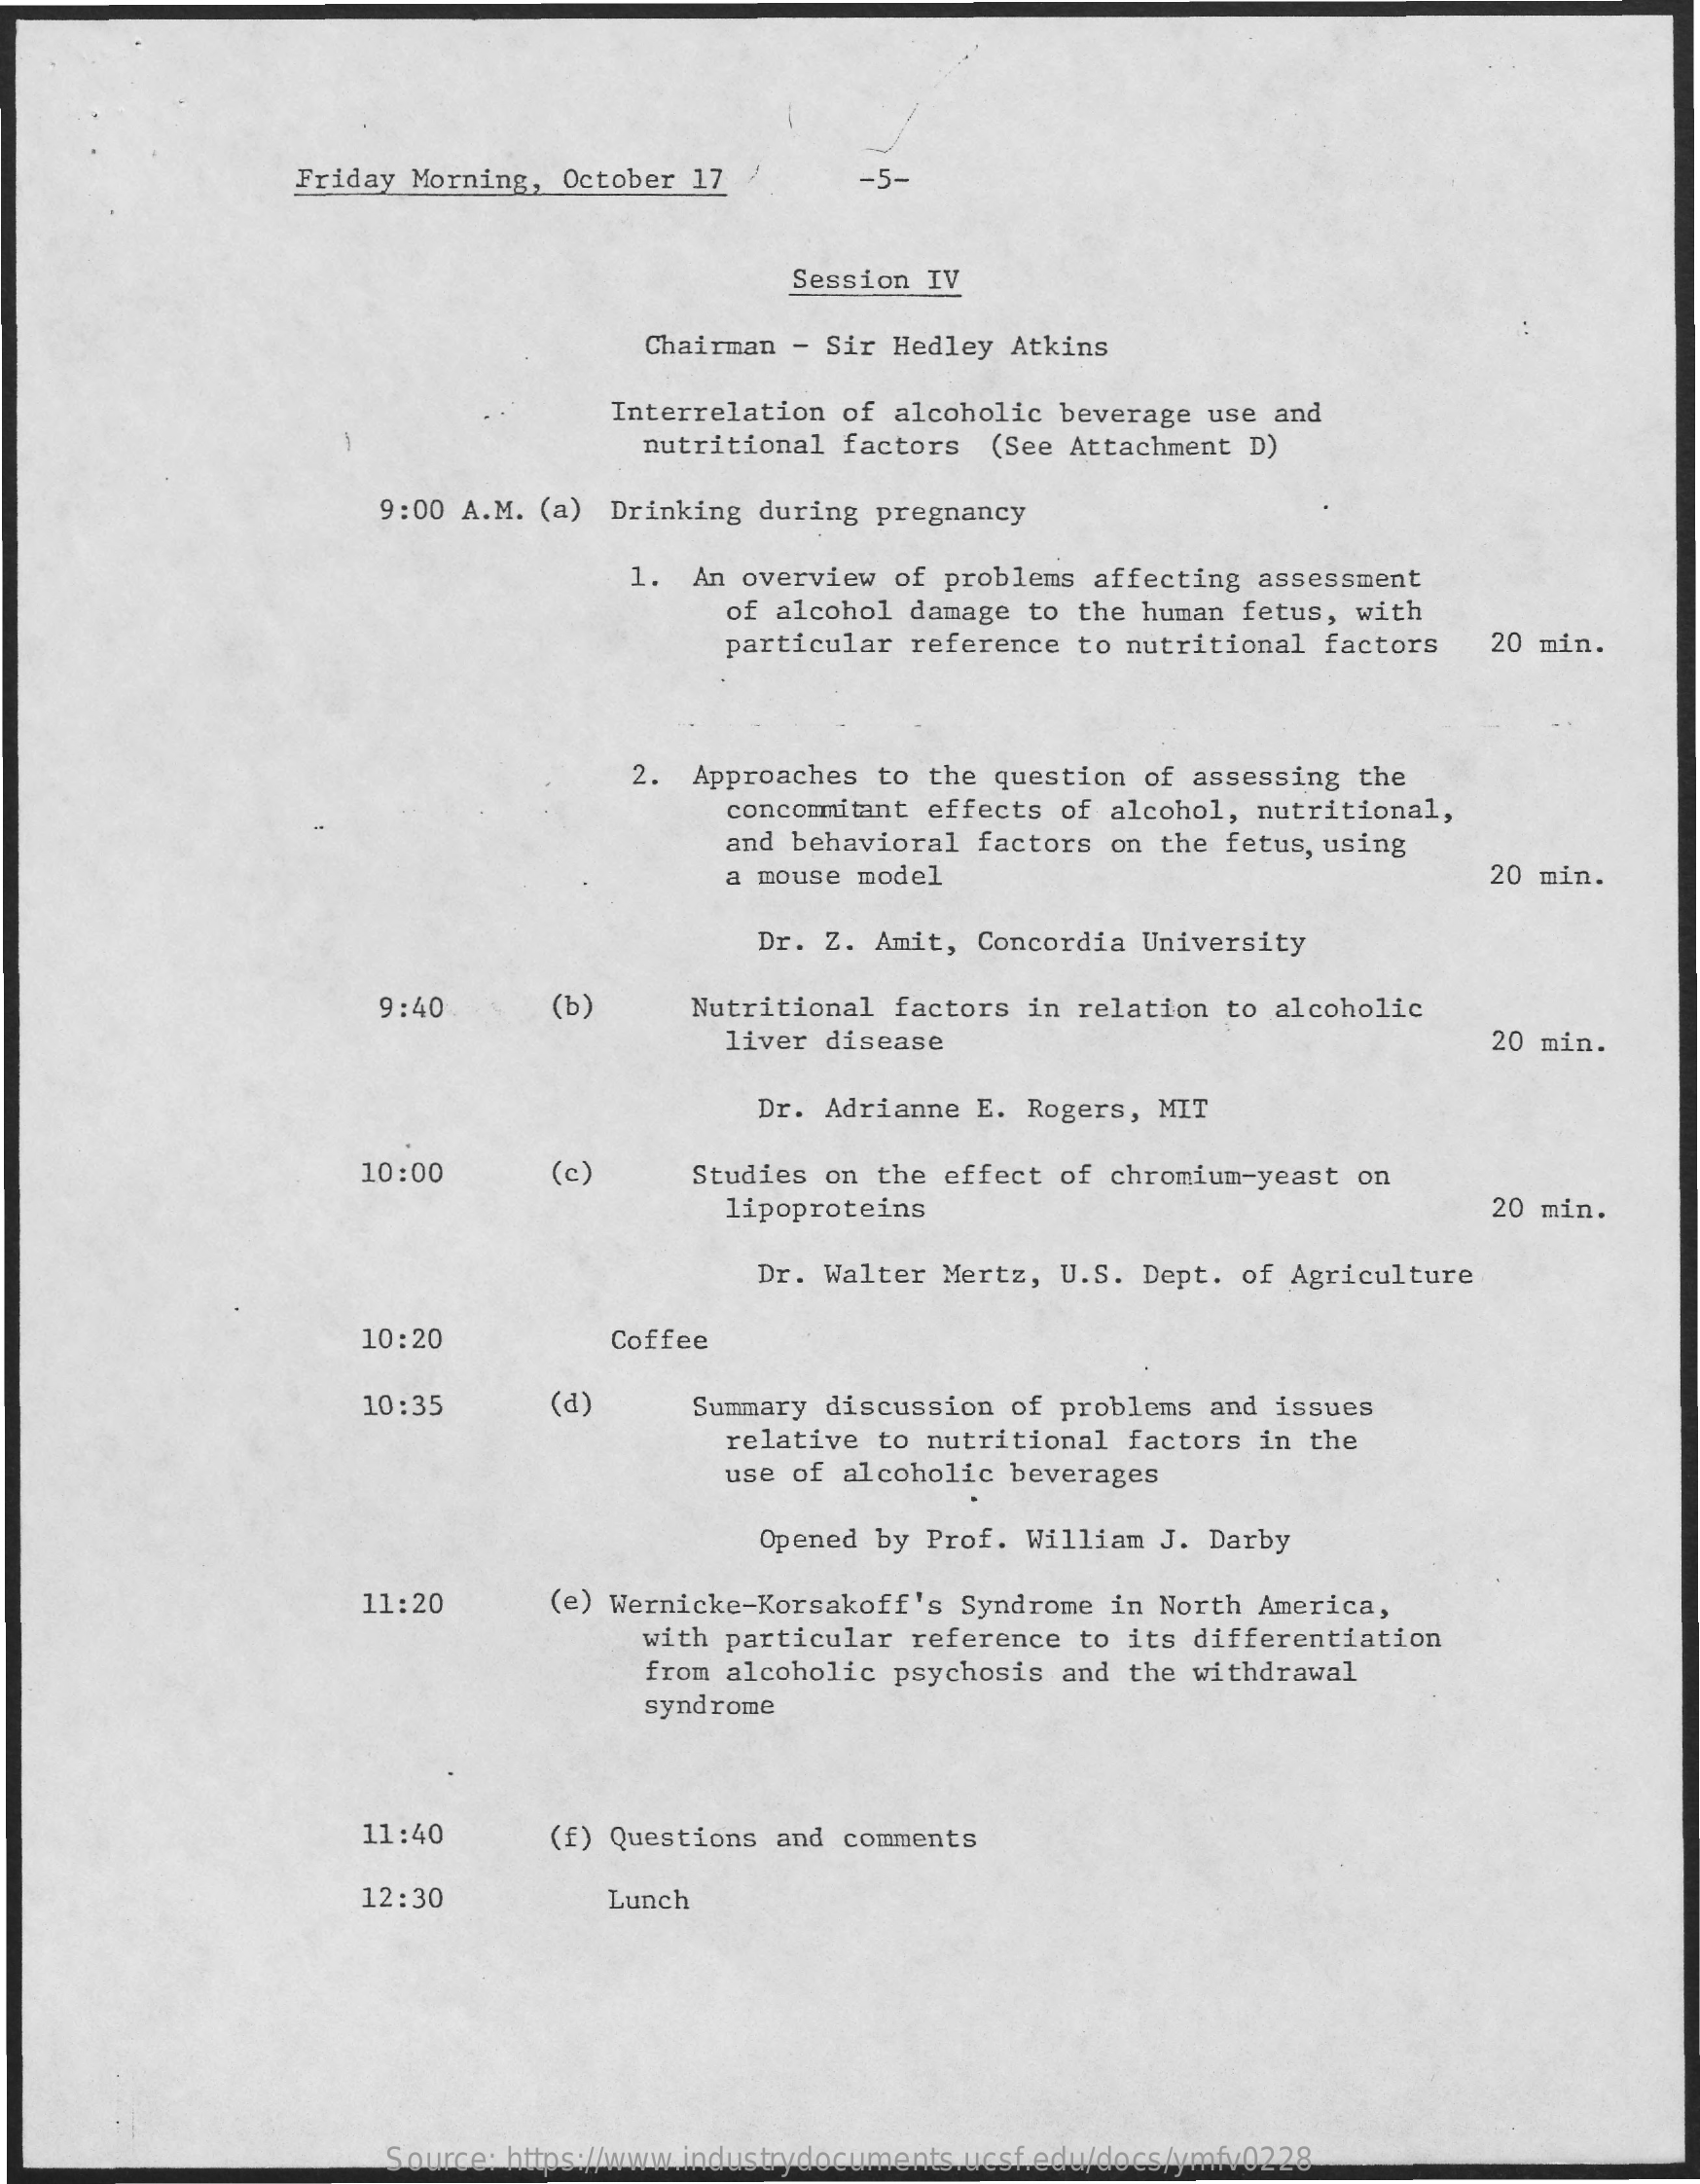
Friday Morning,  October 17    -5-
     Session IV
     Chairman  - Sir Hedley Atkins
     Interrelation  of alcoholic  beverage use and
     -
     nutritional  factors  (See Attachment  D)
     9:00 A.M. (a)  Drinking during  pregnancy
     1. An overview  of problems  affecting assessment
     of alcohol damage  to the human fetus, with
     particular  reference  to nutritional factors    20 min.
     2. Approaches  to the question  of assessing  the
     concomitant effects  of alcohol, nutritional,
     and behavioral factors  on the fetus, using
     a mouse model    20 min.
     Dr. Z.  Amit, Concordia  University
     9:40    (b)    Nutritional  factors  in relation to alcoholic
     liver disease    20 min.
     Dr. Adrianne  E. Rogers,  MIT
     10:00    (c)    Studies on  the effect  of chromium-yeast  on
     lipoproteins    20 min.
     Dr. Walter  Mertz,  U.S. Dept. of Agriculture
     10:20    Coffee
     10:35    (d)    Summary discussion  of  problems and issues
     relative to nutritional  factors in the
     use of  alcoholic beverages
     Opened by Prof. William  J. Darby
     11:20    (e) Wernicke-Korsakoff's  Syndrome  in North America,
     with particular  reference  to its differentiation
     from alcoholic  psychosis  and the withdrawal
     syndrome
     11:40    (f) Questions and  comments
     12:30    Lunch
     Source: https://www.industrydocuments.ucsf.edu/docs/ymfv0228